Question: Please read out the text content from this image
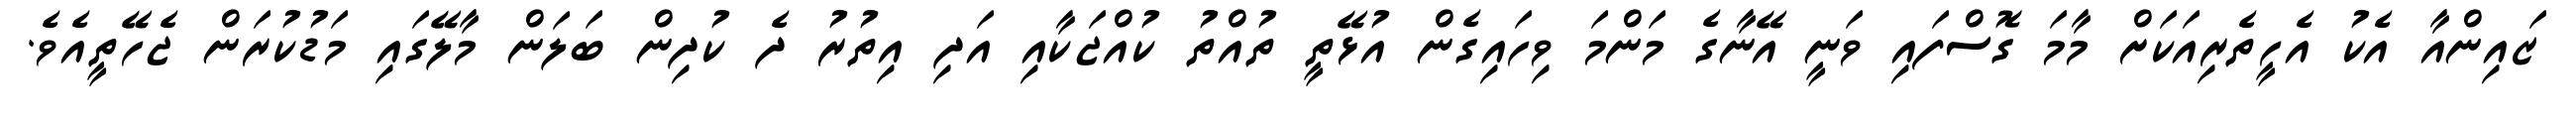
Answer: ޒައިންއާ އެކު އެހީތެރިއަކަށް މާމަ ގޮސްފައި ވަނީ އޭނާގެ މަންމަ ވިހައިގެން އުޅޭތީ ތުއްތު ކުއްޖަކާއި އަދި އިތުރު ދެ ކުދިން ބަލަން މާލޭގައި މަޑުކުރަން ޖެހޭތީއެވެ.